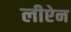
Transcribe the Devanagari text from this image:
लीऐन